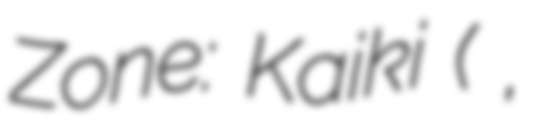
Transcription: Zone: Kaiki (永井豪のこわいゾーン 怪鬼,